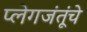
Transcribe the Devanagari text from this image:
प्लेगजंतूंचे